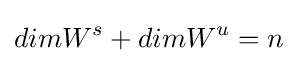
dimW^{s}+dimW^{u}=n